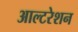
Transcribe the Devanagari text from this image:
आल्टरेशन